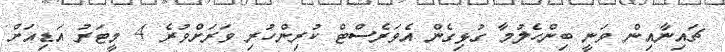
ޗައިނާއިން ވަނީ ބިންހެލުމާ ގުޅިގެން އެވަރެސްޓް ކުރިންހުރި ވަރަށްވުރެ 4 މީޓަރު އަޑިއަށް